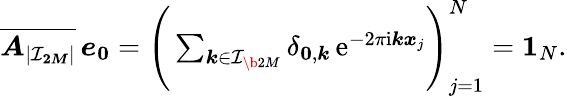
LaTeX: \begin{array}{r}{\overline{{\boldsymbol A_{|\mathcal I_{\boldsymbol{2M}}|}}}\, \boldsymbol e_{\boldsymbol 0}=\Bigg(\sum_{\boldsymbol k\in\mathcal I_{\b{2M}}}\delta_{\boldsymbol 0,\boldsymbol k}\, \mathrm e^{-2\pi\mathrm i\boldsymbol k\boldsymbol x_{j}}\Bigg)_{j=1}^{N}=\boldsymbol 1_{N}.}\end{array}